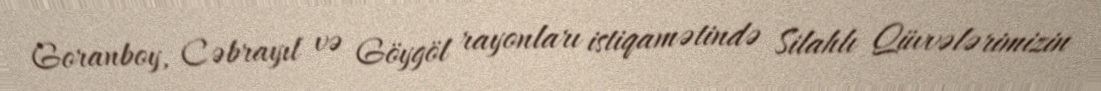
Goranboy, Cəbrayıl və Göygöl rayonları istiqamətində Silahlı Qüvvələrimizin